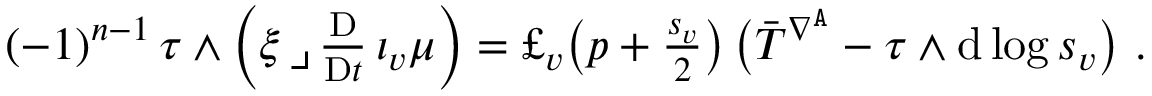
\begin{array} { r } { ( - 1 ) ^ { n - 1 } \, \tau \wedge \Big ( \xi \, \lrcorner \, \frac { \mathrm { D } } { \mathrm { D } t } \, \iota _ { v } \mu \Big ) = \pounds _ { v } \big ( p + \frac { s _ { v } } { 2 } \big ) \, \big ( \bar { T } ^ { \nabla ^ { \mathtt { A } } } - \tau \wedge \mathrm { d } \log s _ { v } \big ) \ . } \end{array}